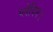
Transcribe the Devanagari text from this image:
प्लेविन।